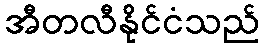
အီတလီနိုင်ငံသည်